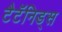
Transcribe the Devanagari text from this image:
टैटॅनिड्स